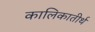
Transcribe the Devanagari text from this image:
कालिकातीर्थ